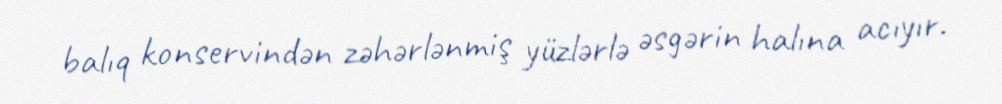
balıq konservindən zəhərlənmiş yüzlərlə əsgərin halına acıyır.